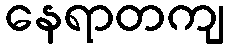
နေရာတကျ